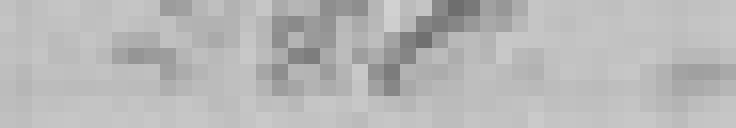
240